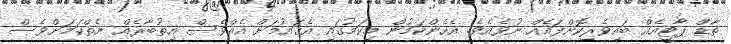
ތާޑް ޕާޓީއެއް ބައިވެރިކޮށްފައެއް ނުވެއެވެ. އެހެންކަމުން މިކަމުގައި އެޤައުމަށް އެއްވެސް އިތުބާރެއް ނެތްކަމަށްވެސް